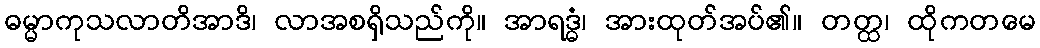
ဓမ္မာကုသလာတိအာဒိ၊ လာအစရှိသည်ကို။ အာရဒ္ဓံ၊ အားထုတ်အပ်၏။ တတ္ထ၊ ထိုကတမေ